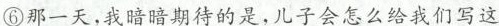
⑥那一天，我暗暗期待的是，儿子会怎么给我们写这